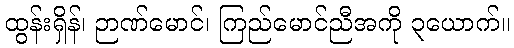
ထွန်းရှိန်၊ ဉာဏ်မောင်၊ ကြည်မောင်ညီအကို ၃ယောက်။